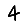
Digit: 4